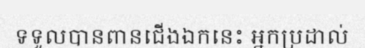
ទទួលបានពានជើងឯកនេះ អ្នកប្រដាល់